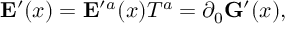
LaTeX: { \bf E } ^ { \prime } ( x ) = { \bf E } ^ { \prime } { } ^ { a } ( x ) T ^ { a } = \partial _ { 0 } { \bf G } ^ { \prime } ( x ) ,